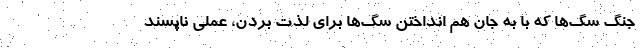
جنگ سگ‌ها که با به جان هم انداختن سگ‌ها برای لذت بردن، عملی ناپسند